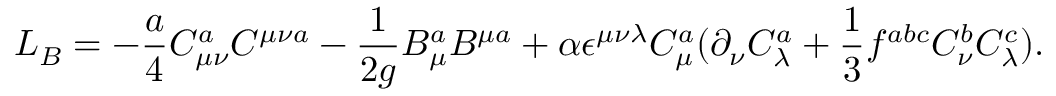
L _ { B } = - { \frac { a } { 4 } } C _ { \mu \nu } ^ { a } C ^ { \mu \nu a } - { \frac { 1 } { 2 g } } B _ { \mu } ^ { a } B ^ { \mu a } + \alpha \epsilon ^ { \mu \nu \lambda } C _ { \mu } ^ { a } ( \partial _ { \nu } C _ { \lambda } ^ { a } + { \frac { 1 } { 3 } } f ^ { a b c } C _ { \nu } ^ { b } C _ { \lambda } ^ { c } ) .